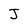
Character: J